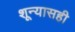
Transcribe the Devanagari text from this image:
शून्यासही